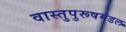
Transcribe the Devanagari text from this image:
वास्तुपुरूषमंडल